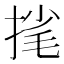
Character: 毮